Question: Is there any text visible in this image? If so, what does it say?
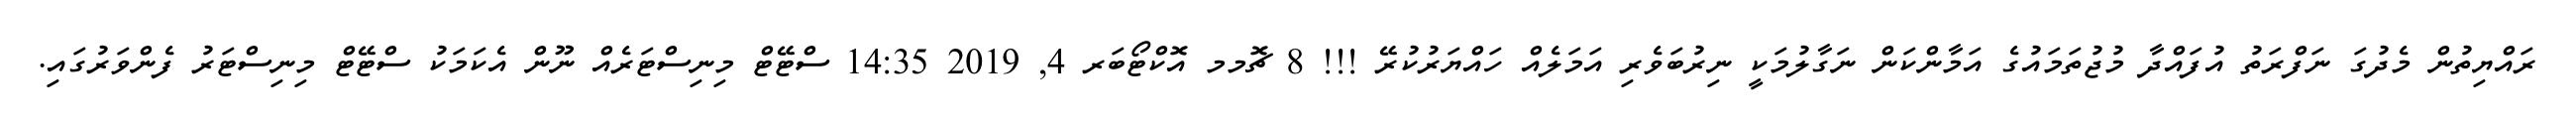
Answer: ރައްޔިތުން މެދުގަ ނަފްރަތު އުފައްދާ މުޖުތަމައުގެ އަމާންކަން ނަގާލުމަކީ ނިރުބަވެރި އަމަލެއް ހައްޔަރުކުރޭ !!! 8 ޗޮމމ އޮކްޓޯބަރ 4, 2019 14:35 ސްޓޭޓް މިނިސްޓަރެއް ނޫން އެކަމަކު ސްޓޭޓް މިނިސްޓަރު ފެންވަރުގައި.